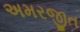
અમરજીત